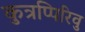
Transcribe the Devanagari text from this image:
कुत्रप्पिरिवु